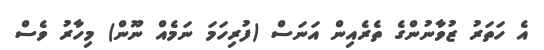
އެ ހަތަރު ޒުވާނުންގެ ތެރެއިން އަނަސް (ފުރިހަމަ ނަމެއް ނޫން) މިހާރު ވެސް